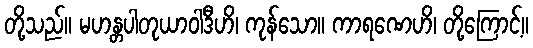
တို့သည်။ မဟန္တပါတုယာဝါဒီဟိ၊ ကုန်သော။ ကာရဏေဟိ၊ တို့ကြောင့်။